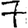
Digit: 7